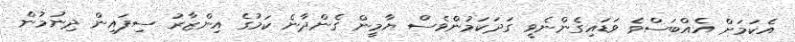
އެކަމަށް އެއްބަސްވެ ވަޑައިގެންނެވީ ގަދަކަމުންވެސް ޔާމީން ގެންދާނެ ކަމުގެ އިންޒާރު ސިފައިން ދިނުމުން